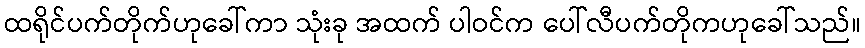
ထရိုင်ပက်တိုက်ဟုခေါ်ကာ သုံးခု အထက် ပါဝင်က ပေါ်လီပက်တိုကဟုခေါ်သည်။